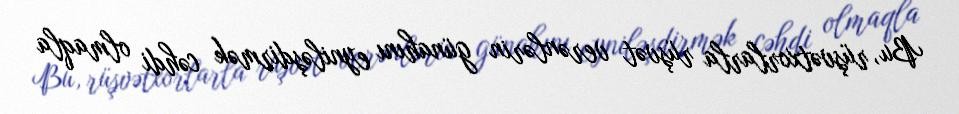
Bu, rüşvətxorlarla rüşvət verənlərin günahını eyniləşdirmək cəhdi olmaqla